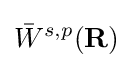
{\bar {W}}^{s,p}(\mathbf {R} )